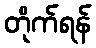
တိုက်ရန်